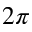
2 \pi